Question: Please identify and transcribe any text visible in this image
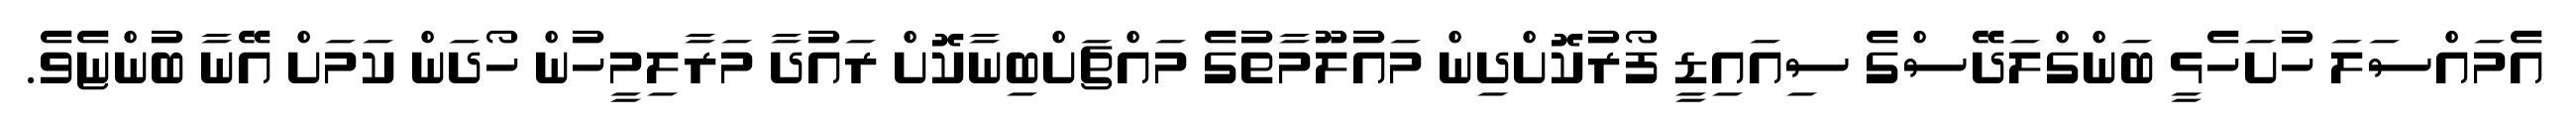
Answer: އެމައްސަލަ ހުށަހެޅީ ބަންގްލަދޭސްގެ ސިއައިޑީ ފޯރުކޮށްދިން މައުލޫމާތުގެ މައްޗަށްބިނާކޮށް ރައުދާ މަރާލިމީހުން ހޯދަން ކަމަށް އޭނާ ބުންޏެވެ.